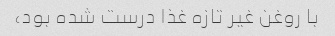
با روغن غیر تازه غذا درست شده بود،